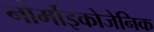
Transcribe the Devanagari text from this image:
नोर्मोइकोजेनिक